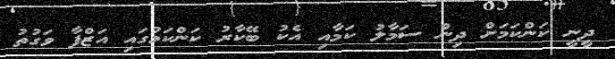
ދީނީ ކަންކަމަށް ދިން ސަމާލު ކަމާއި އެކު ބޭކާރު ކަންކަމުގައި އަޒްފާ ވަގުތު